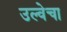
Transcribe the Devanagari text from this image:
उल्वेचा